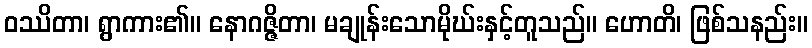
ဝဿိတာ၊ ရွာကား၏။ နောဂဇ္ဇိတာ၊ မချုန်းသောမိုဃ်းနှင့်တူသည်။ ဟောတိ၊ ဖြစ်သနည်း။